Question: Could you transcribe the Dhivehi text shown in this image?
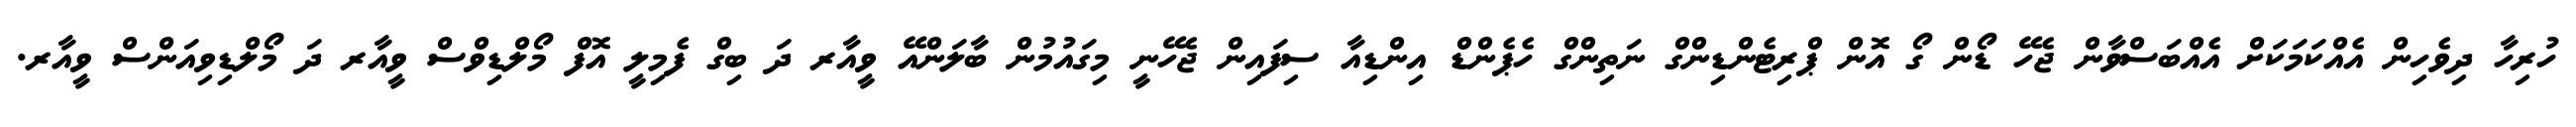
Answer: ހުރިހާ ދިވެހިން އެއްކަމަކަށް އެއްބަސްވާން ޖެހޭ ޑޯން ގޯ އޮން ޕްރިޓެންޑިންގް ނަތިންގް ހެޕެންޑް އިންޑިއާ ސިފައިން ޖެހޭނީ މިގައުމުން ބާލަންއޭ ވީއާރ ދަ ބިގް ފެމިލީ އޮފް މޯލްޑިވްސް ވީއާރ ދަ މޯލްޑިވިއަންސް ވީއާރ.